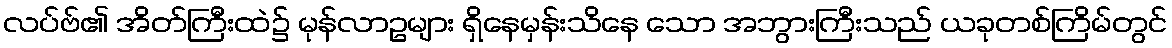
လပ်ဗ်၏ အိတ်ကြီးထဲ၌ မုန်လာဥများ ရှိနေမှန်းသိနေ သော အဘွားကြီးသည် ယခုတစ်ကြိမ်တွင်